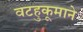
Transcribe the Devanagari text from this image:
वटहुकूमाने